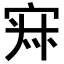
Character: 𡨜